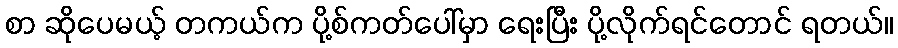
စာ ဆိုပေမယ့် တကယ်က ပို့စ်ကတ်ပေါ်မှာ ရေးပြီး ပို့လိုက်ရင်တောင် ရတယ်။